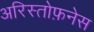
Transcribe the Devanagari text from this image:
अरिस्तोफ़नेस